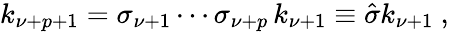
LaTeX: k_{\nu+p+1}=\sigma_{\nu+1}\cdots\sigma_{\nu+p}\, k_{\nu+1}\equiv\hat{\sigma}k_{\nu+1}\ ,